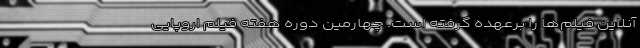
آنلاین فیلم‌ها را برعهده گرفته است. چهارمین دوره هفته فیلم اروپایی